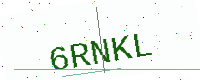
Text: 6RNKL